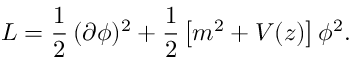
{ \cal L } = \frac { 1 } { 2 } \, ( \partial \phi ) ^ { 2 } + \frac { 1 } { 2 } \left[ m ^ { 2 } + V ( z ) \right] \phi ^ { 2 } .